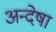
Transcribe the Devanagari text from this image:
अन्देषा